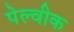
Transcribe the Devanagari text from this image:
पेल्वीक